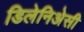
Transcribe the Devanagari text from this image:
डिलेनिअेसी